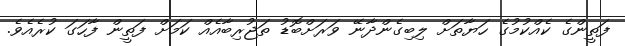
ފަތީންގެ ކެއްކުމުގެ ހަޔާތަށް ލިބިގެންދާނޭ ވަރަށްބޮޑު ތަޖުރިބާއެއް ކަމަށް ފަތީން ފާހަގަ ކުރެއެވެ.